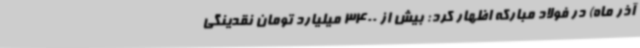
آذر ماه) در فولاد مبارکه اظهار کرد: بیش از 3400 میلیارد تومان نقدینگی